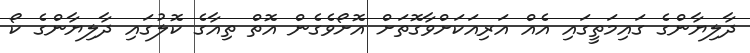
ދާލިޔާންގެ ގައިމަތީގައި އެއް އަރިއަކަށްވާގޮތަށް އޮށޯވެގެން އޮތް ތިއާގެ ކޮލުގައި ދާލިޔާންގެ ކޯ